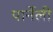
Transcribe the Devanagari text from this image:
पार्नेली